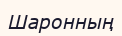
Шаронның